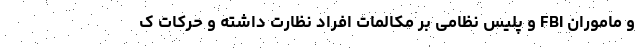
و ماموران FBI و پلیس نظامی بر مکالمات افراد نظارت داشته و حرکات ک